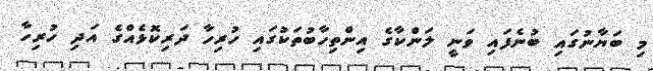
މި ބަޔާނުގައި ބުނެފަައި ވަނީ ލަންކާގެ އިންތިހާބުތަކުގައި ހުރިހާ ދަރިކޮޅެއްގެ އަދި ހުރިހާ